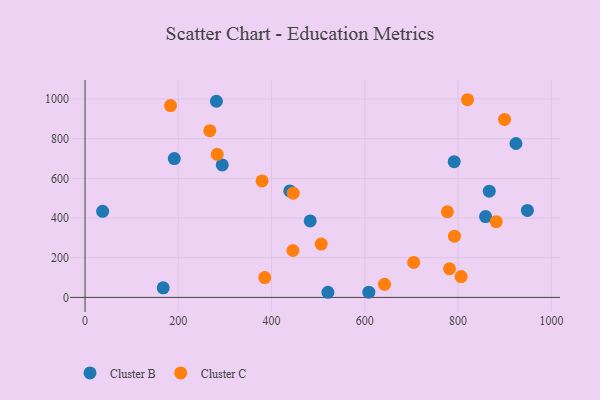
{"axis": {"x": "Engine Size", "y": "Demand"}, "legend": ["Cluster B", "Cluster C"], "data": [{"x": "167.6", "y": 48.5, "type": "Cluster B"}, {"x": "482.8", "y": 385.4, "type": "Cluster B"}, {"x": "294.2", "y": 667.8, "type": "Cluster B"}, {"x": "608.5", "y": 26.2, "type": "Cluster B"}, {"x": "858.9", "y": 407.3, "type": "Cluster B"}, {"x": "281.7", "y": 988.6, "type": "Cluster B"}, {"x": "439.0", "y": 536.7, "type": "Cluster B"}, {"x": "924.0", "y": 775.8, "type": "Cluster B"}, {"x": "948.5", "y": 438.4, "type": "Cluster B"}, {"x": "520.8", "y": 25.9, "type": "Cluster B"}, {"x": "866.8", "y": 535.5, "type": "Cluster B"}, {"x": "791.6", "y": 684.3, "type": "Cluster B"}, {"x": "191.4", "y": 699.7, "type": "Cluster B"}, {"x": "37.7", "y": 433.7, "type": "Cluster B"}, {"x": "820.1", "y": 996.4, "type": "Cluster C"}, {"x": "379.6", "y": 587.1, "type": "Cluster C"}, {"x": "777.0", "y": 431.8, "type": "Cluster C"}, {"x": "445.7", "y": 236.4, "type": "Cluster C"}, {"x": "267.5", "y": 840.5, "type": "Cluster C"}, {"x": "704.7", "y": 176.5, "type": "Cluster C"}, {"x": "899.6", "y": 897.1, "type": "Cluster C"}, {"x": "506.4", "y": 268.8, "type": "Cluster C"}, {"x": "781.5", "y": 144.5, "type": "Cluster C"}, {"x": "283.4", "y": 721.2, "type": "Cluster C"}, {"x": "385.4", "y": 99.9, "type": "Cluster C"}, {"x": "642.2", "y": 65.8, "type": "Cluster C"}, {"x": "881.7", "y": 381.7, "type": "Cluster C"}, {"x": "183.3", "y": 966.8, "type": "Cluster C"}, {"x": "806.4", "y": 105.1, "type": "Cluster C"}, {"x": "446.3", "y": 525.4, "type": "Cluster C"}, {"x": "792.2", "y": 308.7, "type": "Cluster C"}]}